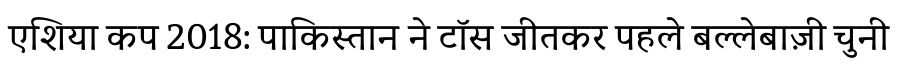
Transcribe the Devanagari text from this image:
एशिया कप 2018: पाकिस्तान ने टॉस जीतकर पहले बल्लेबाज़ी चुनी